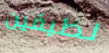
لطيفين